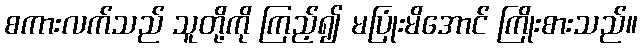
စကားလက်သည် သူတို့ကို ကြည့်၍ မပြုံးမိအောင် ကြိုးစားသည်။